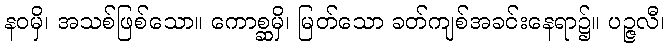
နဝမှိ၊ အသစ်ဖြစ်သော။ ကောစ္ဆမှိ၊ မြတ်သော ခတ်ကျစ်အခင်းနေရာ၌။ ပဉ္ဇလီ၊